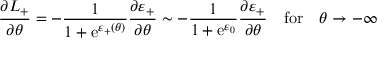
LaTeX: \frac { \partial L _ { + } } { \partial \theta } = - \frac { 1 } { 1 + \mathrm { e } ^ { \varepsilon _ { + } ( \theta ) } } \frac { \partial \varepsilon _ { + } } { \partial \theta } \sim - \frac { 1 } { 1 + \mathrm { e } ^ { \varepsilon _ { 0 } } } \frac { \partial \varepsilon _ { + } } { \partial \theta } \quad \mathrm { f o r } \quad \theta \rightarrow - \infty